Punjab Mental Hospital Lahore 1922-31 - 1922-1931
Year: 1922
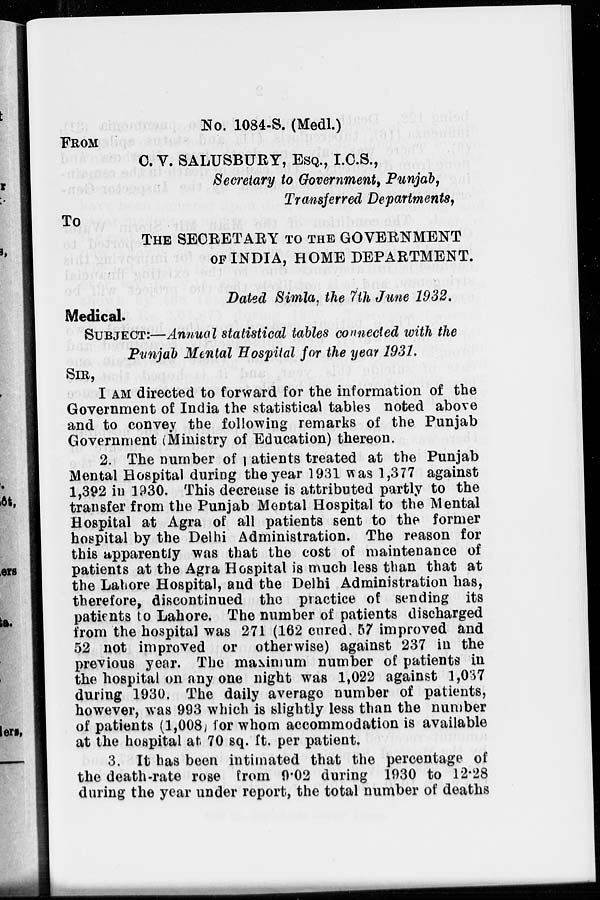
No. 1084-S. (Medl.)
FROM
C. V. SALUSBURY, ESQ., I.C.S.,
Secretary to Government, Punjab,
Transferred Departments,
To
THE SECRETARY TO THE GOVERNMENT
OF INDIA, HOME DEPARTMENT.
Dated Simla, the 7th June 1932.
Medical.
SUBJECT:—Annual statistical tables connected with the
Punjab Mental Hospital for the year 1931.
SIR,
I AM directed to forward for the information of the
Government of India the statistical tables noted above
and to convey the following remarks of the Punjab
Government (Ministry of Education) thereon.
2. The number of patients treated at the Punjab
Mental Hospital during the year 1931 was 1,377 against
1,392 in 1930. This decrease is attributed partly to the
transfer from the Punjab Mental Hospital to the Mental
Hospital at Agra of all patients sent to the former
hospital by the Delhi Administration. The reason for
this apparently was that the cost of maintenance of
patients at the Agra Hospital is much less than that at
the Lahore Hospital, and the Delhi Administration has,
therefore, discontinued the practice of sending its
patients to Lahore. The number of patients discharged
from the hospital was 271 (162 cured. 57 improved and
52 not improved or otherwise) against 237 in the
previous year. The maximum number of patients in
the hospital on any one night was 1,022 against 1,037
during 1930. The daily average number of patients,
however, was 993 which is slightly less than the number
of patients (l,008) for whom accommodation is available
at the hospital at 70 sq. ft. per patient.
3. It has been intimated that the percentage of
the death-rate rose from 9.02 during 1930 to 12.28
during the year under report, the total number of deaths